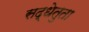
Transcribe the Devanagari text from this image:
सद्धेतुता